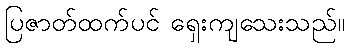
ပြဇာတ်ထက်ပင် ရှေးကျသေးသည်။